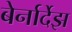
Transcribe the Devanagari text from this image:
बेर्नार्देझ